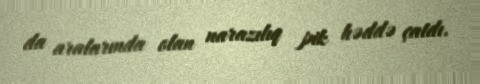
da aralarında olan narazılıq pik həddə çatdı.